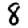
Digit: 8